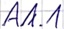
Text: A1.1